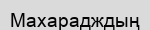
Махарадждың